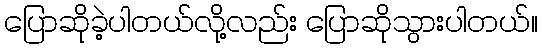
ပြောဆိုခဲ့ပါတယ်လို့လည်း ပြောဆိုသွားပါတယ်။